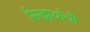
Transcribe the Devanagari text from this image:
सिद्धार्थाची